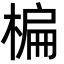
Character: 楄